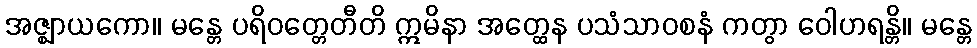
အဇ္ဈာယကော။ မန္တေ ပရိဝတ္တေတီတိ ဣမိနာ အတ္ထေန ပသံသာဝစနံ ကတွာ ဝေါဟရန္တိ။ မန္တေ